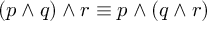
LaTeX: ( p \wedge q ) \wedge r \equiv p \wedge ( q \wedge r )